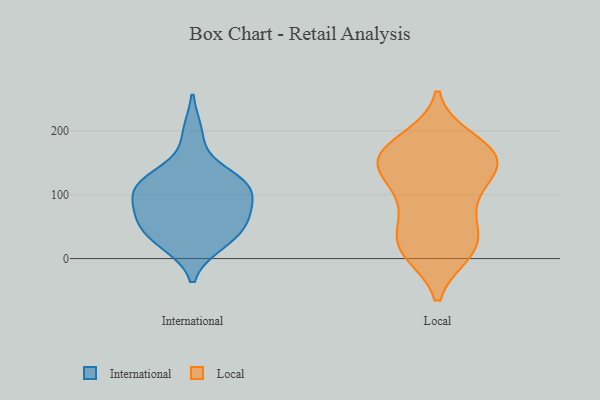
{"axis": {"x": "Backlog", "y": "Value"}, "legend": ["International", "Local"], "data": [{"x": "", "y": 119, "type": "International"}, {"x": "", "y": 117, "type": "International"}, {"x": "", "y": 117, "type": "International"}, {"x": "", "y": 113, "type": "International"}, {"x": "", "y": 24, "type": "International"}, {"x": "", "y": 39, "type": "International"}, {"x": "", "y": 74, "type": "International"}, {"x": "", "y": 30, "type": "International"}, {"x": "", "y": 119, "type": "International"}, {"x": "", "y": 55, "type": "International"}, {"x": "", "y": 78, "type": "International"}, {"x": "", "y": 196, "type": "International"}, {"x": "", "y": 69, "type": "International"}, {"x": "", "y": 28, "type": "Local"}, {"x": "", "y": 172, "type": "Local"}, {"x": "", "y": 152, "type": "Local"}, {"x": "", "y": 133, "type": "Local"}, {"x": "", "y": 142, "type": "Local"}, {"x": "", "y": 99, "type": "Local"}, {"x": "", "y": 157, "type": "Local"}, {"x": "", "y": 25, "type": "Local"}, {"x": "", "y": 159, "type": "Local"}, {"x": "", "y": 140, "type": "Local"}, {"x": "", "y": 21, "type": "Local"}, {"x": "", "y": 12, "type": "Local"}, {"x": "", "y": 169, "type": "Local"}, {"x": "", "y": 77, "type": "Local"}, {"x": "", "y": 73, "type": "Local"}, {"x": "", "y": 185, "type": "Local"}, {"x": "", "y": 11, "type": "Local"}]}